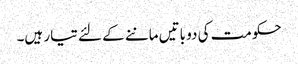
حکومت کی دو باتیں ماننے کے لئے تیار ہیں۔